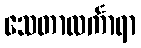
သေတာလင်္ကာရာ